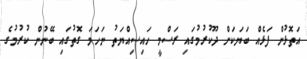
އަތޮޅުން ފަޅެއް ބަޔަކަށް ދޫކުރުމުގައި ރަސްމީ ހައިސިއްޔަތު ނަހަމަ ގޮތުގައި ބޭނުން ކުރުމުގެ